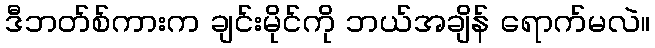
ဒီဘတ်စ်ကားက ချင်းမိုင်ကို ဘယ်အချိန် ရောက်မလဲ။